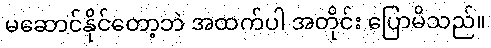
မဆောင်နိုင်တော့ဘဲ အထက်ပါ အတိုင်း ပြောမိသည်။